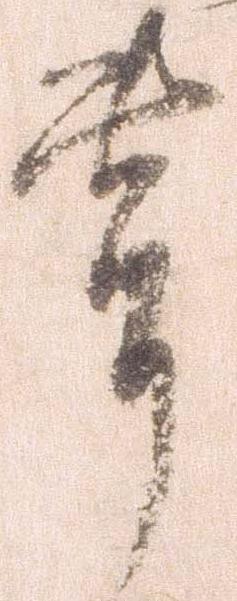
節